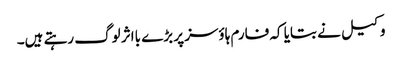
وکیل نے بتایا کہ فارم ہاؤسز پر بڑے بااثر لوگ رہتے ہیں۔